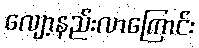
လျော့နည်းလာကြောင်း